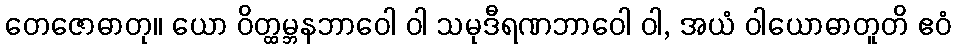
တေဇောဓာတု။ ယော ဝိတ္ထမ္ဘနဘာဝေါ ဝါ သမုဒီရဏဘာဝေါ ဝါ, အယံ ဝါယောဓာတူတိ ဧဝံ